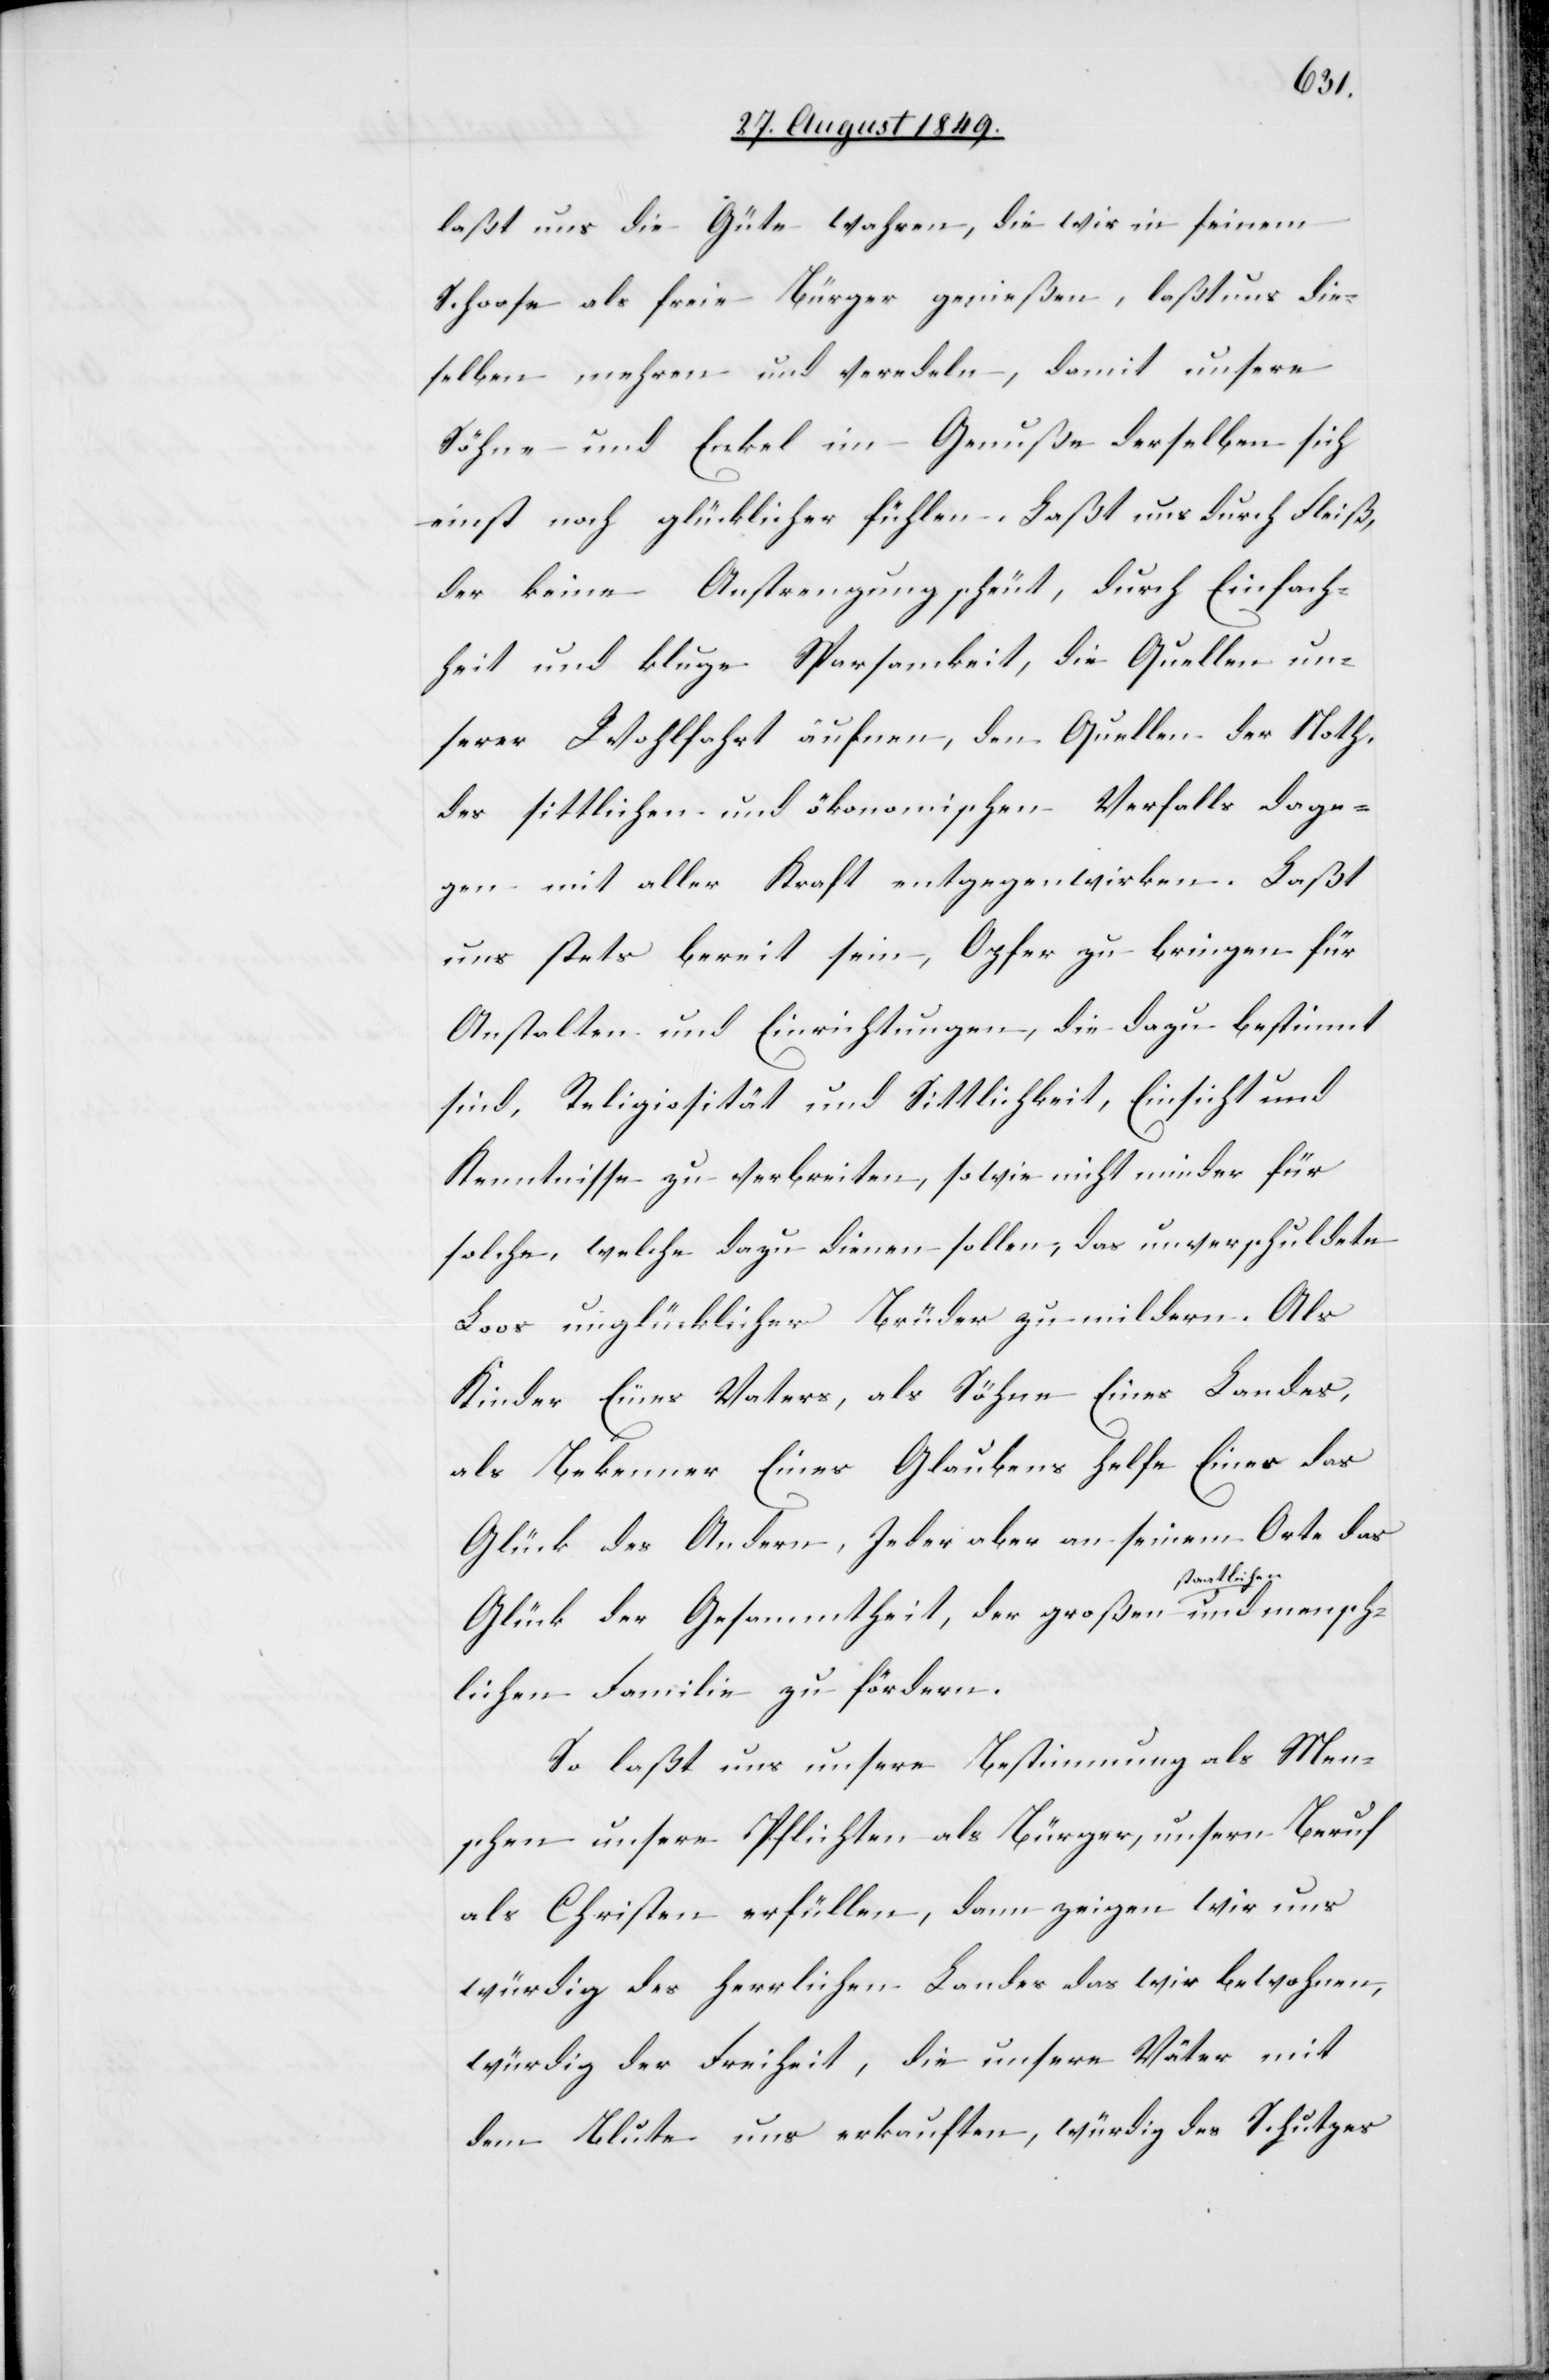
laßt uns die Güte wahren, die wir in seinem
Schoose als freie Bürger genießen, laßt uns die¬
selben mehren und veredeln, damit unsere
Söhne und Enkel im Genuße derselben sich
einst noch glücklicher fühlen. Laßt uns durch Fleiß,
der keine Anstrengung scheut, durch Einfach¬
heit und kluge Sparsamkeit, die Quellen un¬
serer Wohlfahrt äufnen, den Quellen der Noth,
des sittlichen und ökonomischen Verfalls dage¬
gen mit aller Kraft entgegenwirken. Laßt
uns stets bereit sein, Opfer zu bringen für
Anstalten und Einrichtungen, die dazu bestimmt
sind, Religiosität und Sittlichkeit, Einsicht und
Kenntnisse zu verbreiten, sowie nicht minder für
solche, welche dazu dienen sollen, das unverschuldete
Loos unglücklicher Brüder zu mildern. Als
Kinder eines Vaters, als Söhne Eines Landes,
als Bekenner Eines Glaubens helfe Einer das
Glück des Andern, Jeder aber an seinem Orte das
und mensch¬
Glück der Gesammtheit, der großen a-staatlichen-a
lichen Familie zu fördern.
So laßt uns unsere Bestimmung als Men¬
schen unsere Pflichten als Bürger, unsern Beruf
als Christen erfüllen, dann zeigen wir uns
würdig des herrlichen Landes das wir bewohnen,
würdig der Freiheit, die unsere Väter mit
dem Blute uns erkauften, würdig des Schutzes